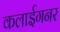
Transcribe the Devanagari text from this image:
कलाईगनर